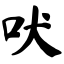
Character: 吠